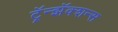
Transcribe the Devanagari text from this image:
ट्रॅन्झॅक्शन्स